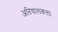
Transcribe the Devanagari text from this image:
अतिचालकता।